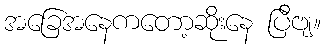
အခြေအနေကတော့ဆိုးနေ ပြီဗျ။